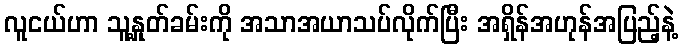
လူငယ်ဟာ သူ့နှုတ်ခမ်းကို အသာအယာသပ်လိုက်ပြီး အရှိန်အဟုန်အပြည့်နဲ့